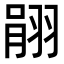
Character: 𦐽